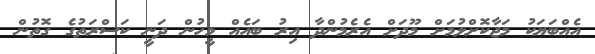
އެއްބަޔަކު މަޖާކޮށްލުމަށް މޫދަށް އެރެމުންދާ އިރު ބައެއް މީހުން ދަނީ ކަސްރަތުގެ ގޮތުން